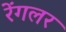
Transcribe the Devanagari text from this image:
रेंगलर